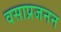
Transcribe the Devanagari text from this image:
वसाप्रजनन